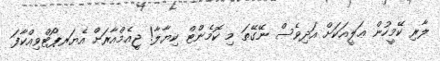
ލާރި ކޭމީހުން ޢަލީއަކަށް އަދިވެސް ނޭގޭތަ މި ކޮމެންޓް ކިޔާލާ! ޖީއެމްއާރަށް އެޔަރޕޯޓްވިއްކާފަ